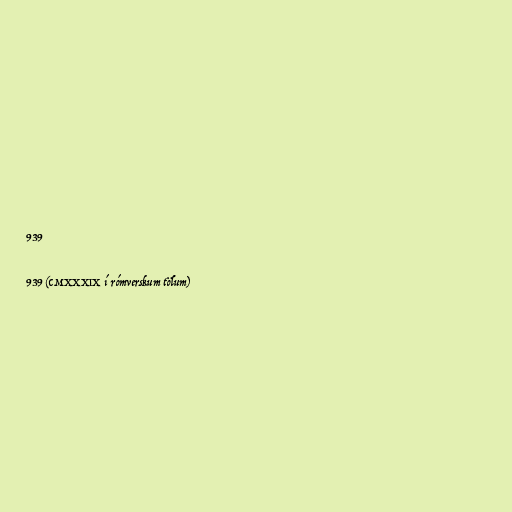
939

939 (CMXXXIX í rómverskum tölum)